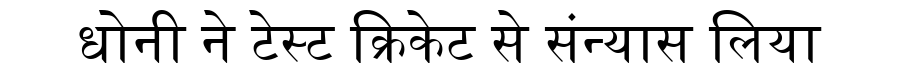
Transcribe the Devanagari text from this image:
धोनी ने टेस्ट क्रिकेट से संन्यास लिया